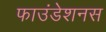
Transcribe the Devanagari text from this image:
फाउंडेशनस